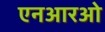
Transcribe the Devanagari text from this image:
एनआरओ